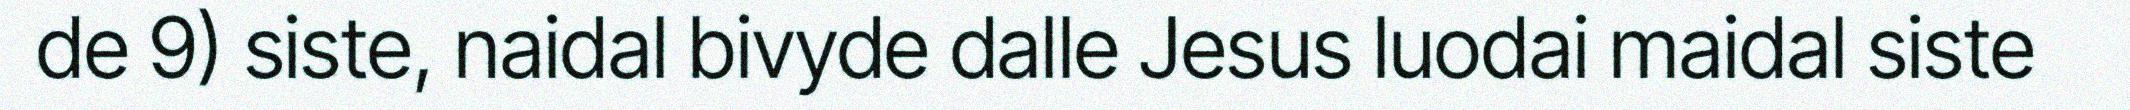
de 9) siste, naidal bivyde dalle Jesus luodai maidal siste